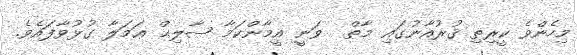
މިހެންވެ ކީރިތި ޤުރުއާނުގައި މާތް  ވަނީ އީމާންކަމާ ޞާލިޙް ޢަމަލާ ގުޅުވާފައެވެ.